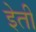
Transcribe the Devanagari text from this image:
इेती